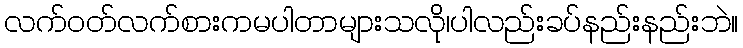
လက်ဝတ်လက်စားကမပါတာများသလို၊ပါလည်းခပ်နည်းနည်းဘဲ။